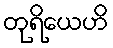
တုရိယေဟိ